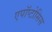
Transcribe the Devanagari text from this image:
एपॉप्टोसिस